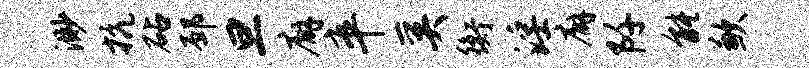
渺抗砧邳旦廨卒奚衡淫廨阡能歉